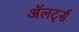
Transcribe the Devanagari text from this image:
अॅलर्ट्स